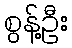
စွန့်ဦး